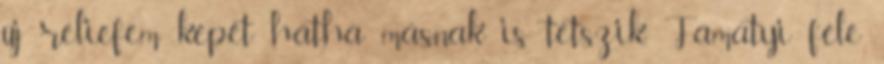
új reliefem képét hátha másnak is tetszik. Famatyi féle